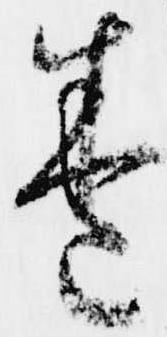
巻